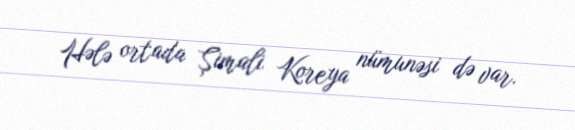
Hələ ortada Şimali Koreya nümunəsi də var.